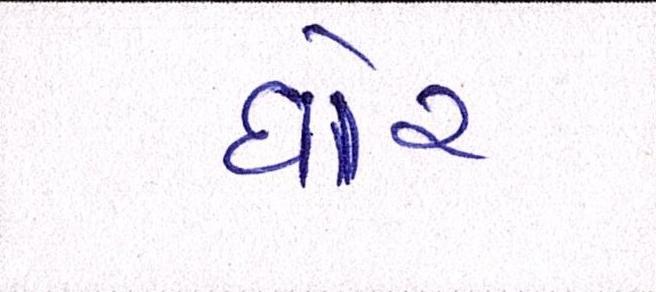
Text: ઘોર